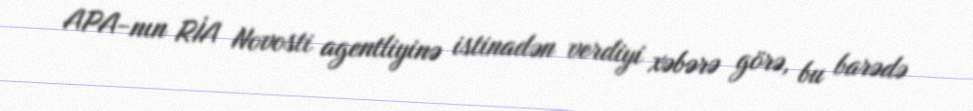
APA-nın RİA Novosti agentliyinə istinadən verdiyi xəbərə görə, bu barədə